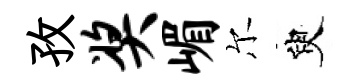
孜奖嵋尔臾